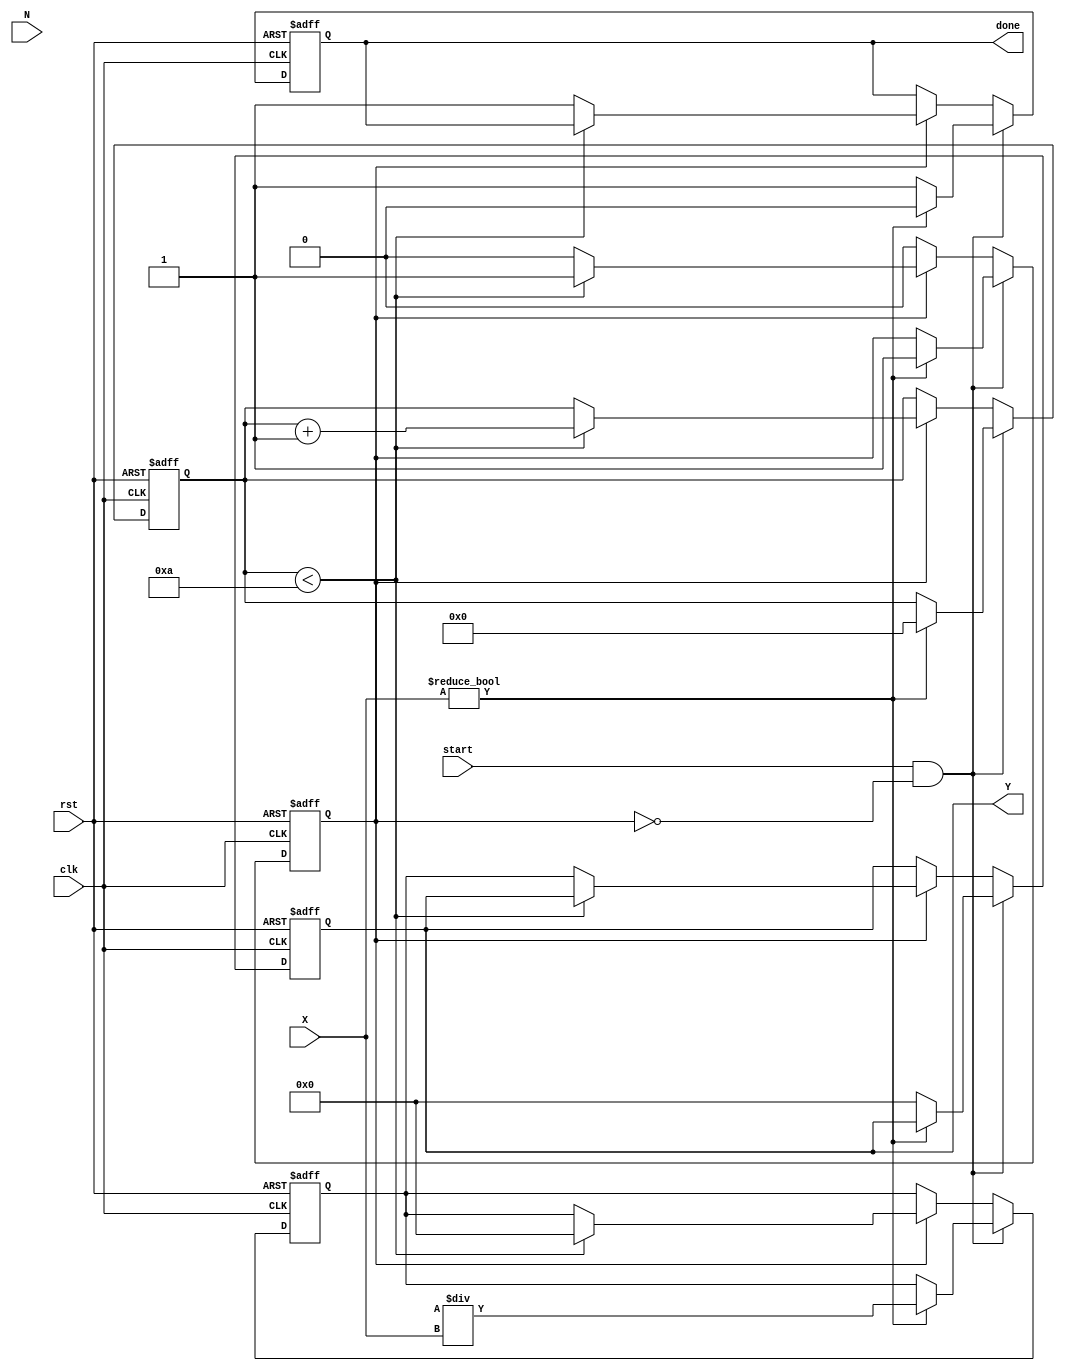
module fractional_order_reciprocal #(
    parameter INPUT_WIDTH = 16,   // Width of the input signal
    parameter OUTPUT_WIDTH = 32,   // Width of the output signal
    parameter FRACTIONAL_ORDER_WIDTH = 8 // Width of the fractional order
)(
    input  wire [INPUT_WIDTH-1:0] X,  // Input signal
    input  wire [FRACTIONAL_ORDER_WIDTH-1:0] N, // Fractional order
    output reg  [OUTPUT_WIDTH-1:0] Y,  // Output reciprocal
    input  wire clk,                   // Clock signal
    input  wire rst,                   // Reset signal
    input  wire start,                 // Start signal
    output reg done                    // Done signal
);

    // Internal registers
    reg [OUTPUT_WIDTH-1:0] approx;  // Current approximation of reciprocal
    reg [5:0] iteration;             // Iteration counter
    reg      active;                 // State of the computation

    // Constants for initial approximation
    localparam MAX_ITERATIONS = 10;

    // Reset and state management
    always @(posedge clk or posedge rst) begin
        if (rst) begin
            Y <= 0;
            approx <= 0;
            iteration <= 0;
            active <= 0;
            done <= 0;
        end else begin
            if (start && !active) begin
                // Initialize approximation
                if (X != 0) begin // Check for division by zero
                    approx <= (1 << OUTPUT_WIDTH) / X; // Initial guess (2^OUTPUT_WIDTH / X)
                    iteration <= 0;
                    active <= 1;
                    done <= 0;
                end else begin
                    Y <= 0; // Handle division by zero case
                    done <= 1;
                end
            end else if (active) begin
                if (iteration < MAX_ITERATIONS) begin
                    // Newton-Raphson iteration: x_next = x * (2 - x * X)
                    approx <= approx * ( (1 << OUTPUT_WIDTH) - (X * approx >> INPUT_WIDTH) ) >> OUTPUT_WIDTH;
                    iteration <= iteration + 1;
                end else begin
                    // Finished iterations
                    Y <= approx;
                    done <= 1;
                    active <= 0;
                end
            end
        end
    end

endmodule